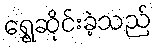
ရွှေ့ဆိုင်းခဲ့သည်